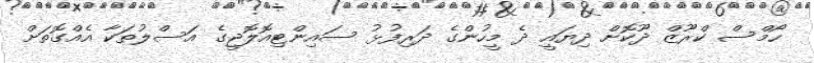
ހޯމްސް ކްރޫޒް ދޫކޮށް ދިޔައީ ދެ މީހުންގެ ދަރިފުޅު ސައިންޓިއޮލޮޖީގެ އަސްލުތަކާ އެއްގޮތަށް